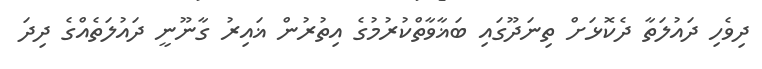
ދިވެހި ދައުލަތާ ދެކޮޅަށް ތިނަދޫގައި ބަޣާވާތްކުރުމުގެ އިތުރުން ޣައިރު ގާނޫނީ ދައުލަތެއްގެ ދިދަ